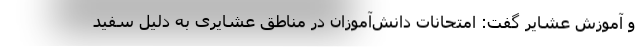
و آموزش عشایر گفت: امتحانات دانش‌آموزان در مناطق عشایری به دلیل سفید